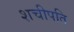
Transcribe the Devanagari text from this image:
शचीपति